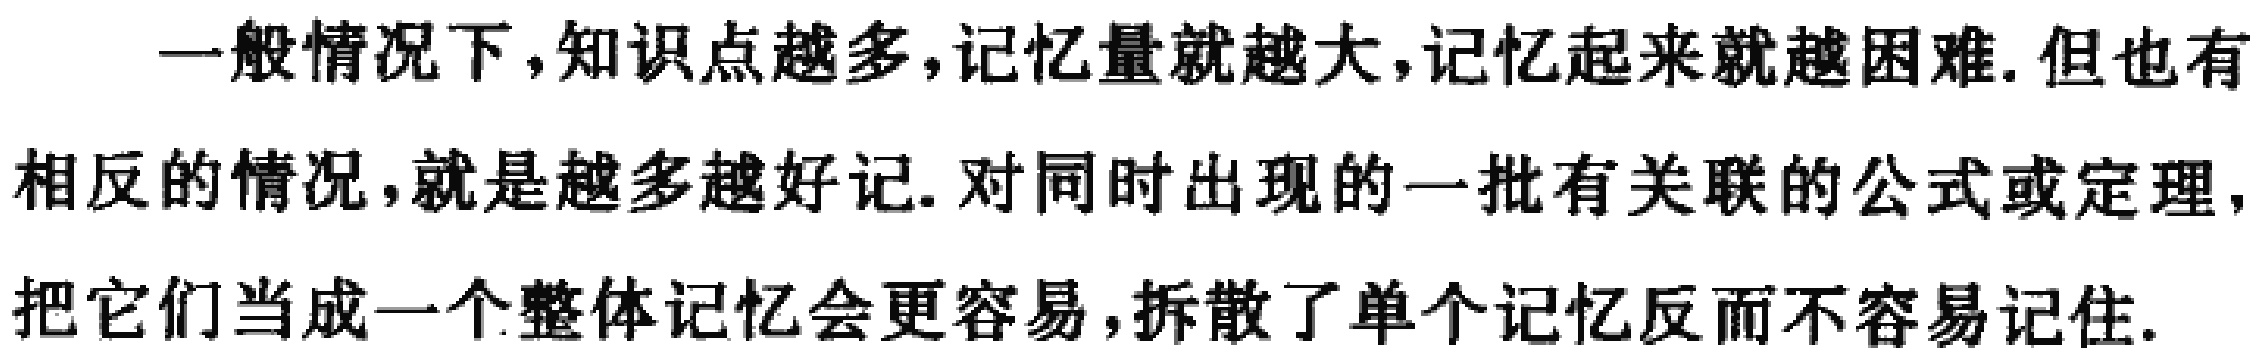
一般情况下，知识点越多，记忆量就越大，记忆起来就越困难. 但也有

相反的情况，就是越多越好记. 对同时出现的一批有关联的公式或定理，

把它们当成一个整体记忆会更容易，拆散了单个记忆反而不容易记住.